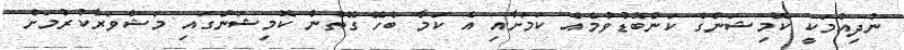
ނުދިއުމަކީ ކޮމިޝަންގެ ކަންބޮޑުވުމެއް ކަމަށާއި އެ ކަމާ ބެހޭ ގޮތުން ކޮމިޝަންގައި މަޝްވަރާކުރުމަށް